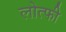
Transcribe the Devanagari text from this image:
लोत्फी